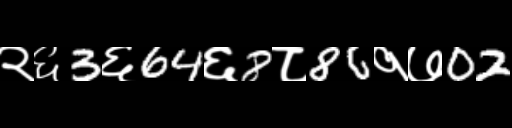
Text: २६3६64६8८86१७02